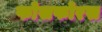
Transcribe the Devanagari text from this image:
फोसफोरस